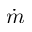
\dot { m }